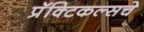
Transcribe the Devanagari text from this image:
प्रॅक्टिकल्सचे